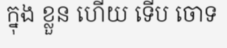
ក្នុង ខ្លួន ហើយ ទើប ចោទ